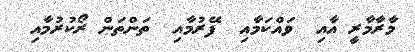
މާރާމާރީ އާއި  ވައްކަމާއި  ފޭރުމާއި  ތަންތަން ރޯކުރުމާއި